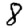
Digit: 8